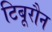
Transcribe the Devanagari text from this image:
टिबूरौन